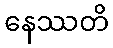
နေဿတိ